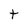
Character: t